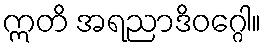
ဣတိ အရညာဒိဝဂ္ဂေါ။